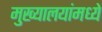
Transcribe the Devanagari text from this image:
मुख्यालयांमध्ये